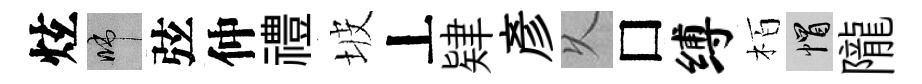
炫啼弦仲禮坡丄肄彥乆□缚栢帽隴